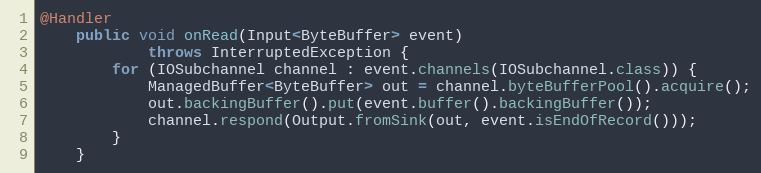
Language: Java
@Handler
    public void onRead(Input<ByteBuffer> event)
            throws InterruptedException {
        for (IOSubchannel channel : event.channels(IOSubchannel.class)) {
            ManagedBuffer<ByteBuffer> out = channel.byteBufferPool().acquire();
            out.backingBuffer().put(event.buffer().backingBuffer());
            channel.respond(Output.fromSink(out, event.isEndOfRecord()));
        }
    }